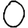
Digit: 0